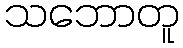
သဘောတူ